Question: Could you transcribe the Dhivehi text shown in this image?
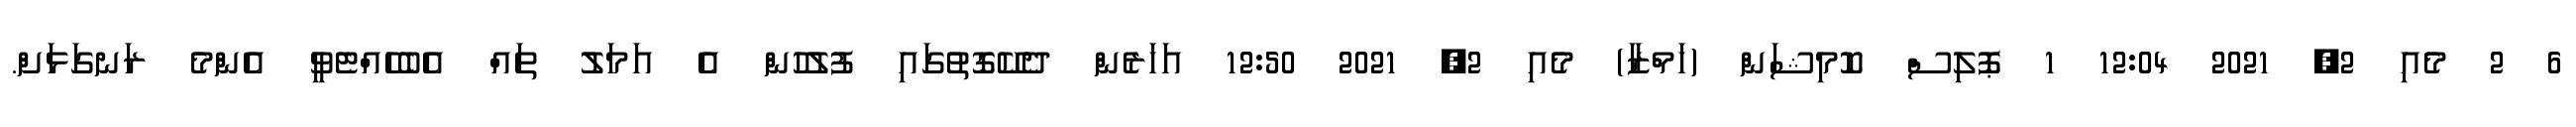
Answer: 6 2 މެއި 2, 2021 12:04 1 ޕޮލިސް ކޮމިޝަން (ހަމްޒާ) މެއި 2, 2021 12:50 އަހަރެން ދެކޭގޮތުގައި ފުލުހުން އެ އަމަލު ތައް އެބެހެއްޓެވީ އެންމެ ރަނގަޅަށް.